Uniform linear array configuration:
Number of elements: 48
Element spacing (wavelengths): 0.25
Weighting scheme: cosine
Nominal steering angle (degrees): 0
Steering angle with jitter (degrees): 1.917
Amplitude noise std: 0.05
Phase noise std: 0.05

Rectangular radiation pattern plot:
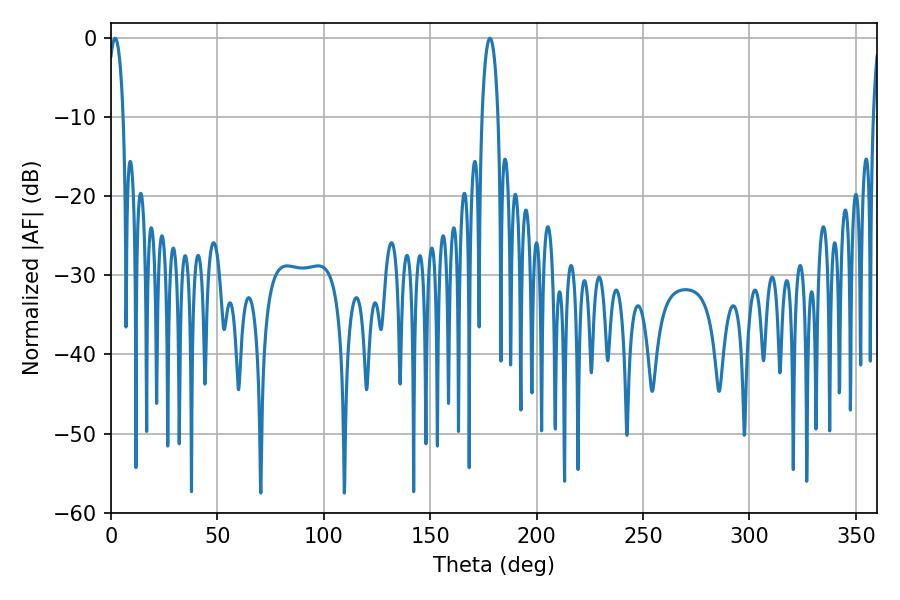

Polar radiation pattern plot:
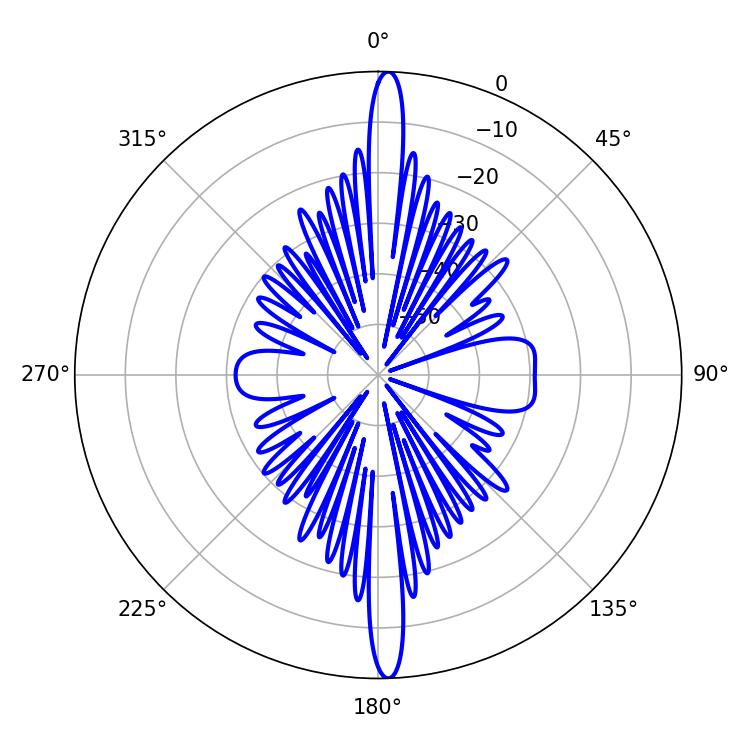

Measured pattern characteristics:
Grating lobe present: FALSE
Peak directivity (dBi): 25.142
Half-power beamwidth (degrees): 4.14
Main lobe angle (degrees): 1.98